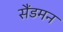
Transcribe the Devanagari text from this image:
सैंडमन